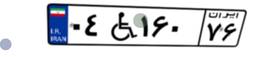
۰۴W۱۶۰۷۶